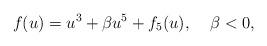
LaTeX: \begin{align*}f(u)=u^{3}+\beta u^5+f_{5}(u), \;\;\;\;\beta<0,\end{align*}